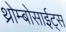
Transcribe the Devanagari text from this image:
थ्रोम्बोसाईट्स